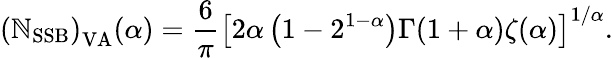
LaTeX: \left(\mathbb{N}_{\mathrm{{SSB}}}\right)_{\mathrm{{VA}}}(\alpha)=\frac{{6}}{{\pi}}\left[2\alpha\left(1-2^{1-\alpha}\right)\Gamma(1+\alpha)\zeta(\alpha)\right]^{1/\alpha}.